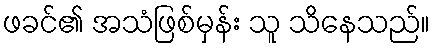
ဖခင်၏ အသံဖြစ်မှန်း သူ သိနေသည်။